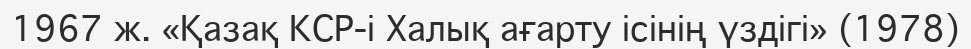
1967 ж. «Қазақ КСР-і Халық ағарту ісінің үздігі» (1978)